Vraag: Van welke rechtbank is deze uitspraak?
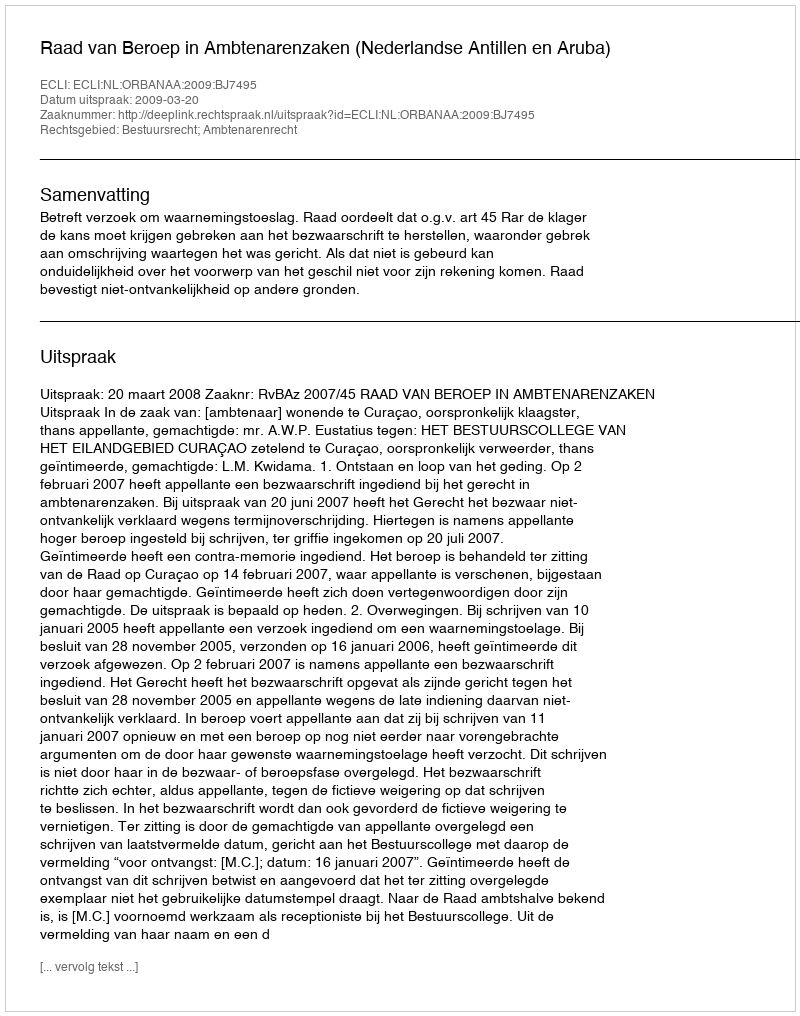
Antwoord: Raad van Beroep in Ambtenarenzaken (Nederlandse Antillen en Aruba)